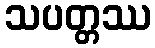
သပတ္တဿ